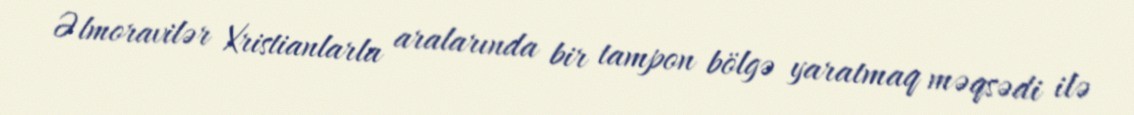
Əlmoravilər Xristianlarla aralarında bir tampon bölgə yaratmaq məqsədi ilə